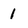
Character: 1